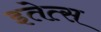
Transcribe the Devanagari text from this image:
इतेत्स